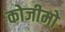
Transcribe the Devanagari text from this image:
कोजीमो